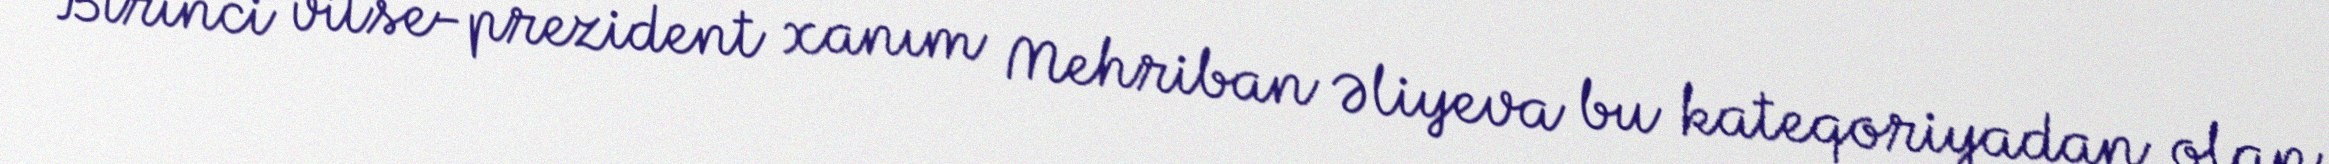
Birinci vitse-prezident xanım Mehriban Əliyeva bu kateqoriyadan olan